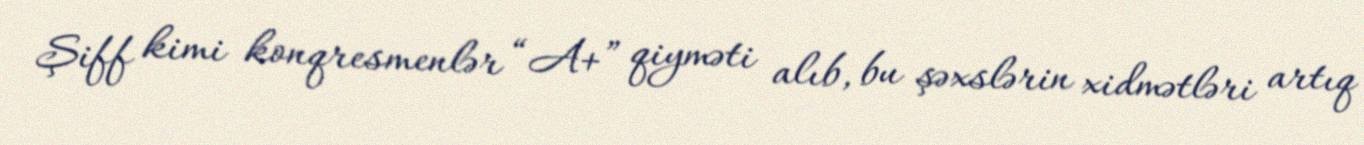
Şiff kimi konqresmenlər “A+” qiyməti alıb, bu şəxslərin xidmətləri artıq